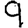
Digit: 9